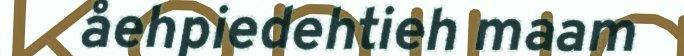
åehpiedehtieh maam